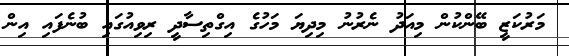
މަރުކަޒީ ބޭންކުން މިއަދު ނެރުނު މިދިޔަ މަހުގެ އިގްތިސާދީ ރިވިއުގައި ބުނެފައި އިން